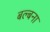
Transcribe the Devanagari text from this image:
बल्बना